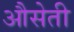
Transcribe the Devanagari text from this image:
औसेती